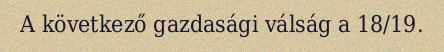
A következő gazdasági válság a 18/19.